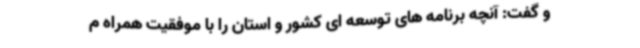
و گفت: آنچه برنامه های توسعه ای کشور و استان را با موفقیت همراه م